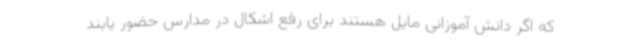
که اگر دانش آموزانی مایل هستند برای رفع اشکال در مدارس حضور یابند